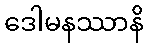
ဒေါမနဿာနိ